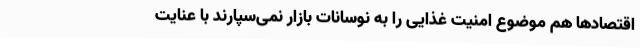
اقتصادها هم موضوع امنیت غذایی را به نوسانات بازار نمی‌سپارند با عنایت